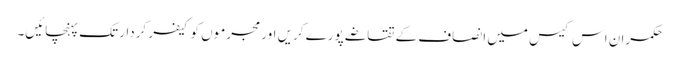
حکمران اس کیس میں انصاف کے تقاضے پورے کریں اور مجرموں کو کیفر کردار تک پہنچائیں۔